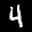
Label: 4